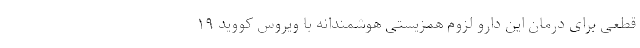
قطعی برای درمان این دارو لزوم همزیستی هوشمندانه با ویروس کووید ۱۹